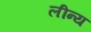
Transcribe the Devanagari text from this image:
लीन्य